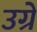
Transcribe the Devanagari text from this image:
उग्रे